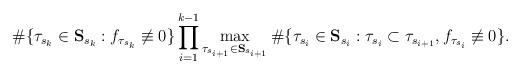
LaTeX: \begin{align*} \#\{\tau_{s_k}\in{\bf{S}}_{s_k}:f_{\tau_{s_k}}\not\equiv 0\}\prod_{i=1}^{k-1}\max_{\tau_{s_{i+1}}\in{\bf{S}}_{s_{i+1}}}\#\{\tau_{s_i}\in{\bf{S}}_{s_i}:\tau_{s_i}\subset\tau_{s_{i+1}},f_{\tau_{s_i}}\not\equiv 0\}. \end{align*}